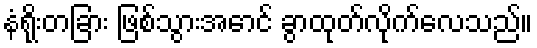
နံရိုးတခြား ဖြစ်သွားအောင် ခွာထုတ်လိုက်လေသည်။